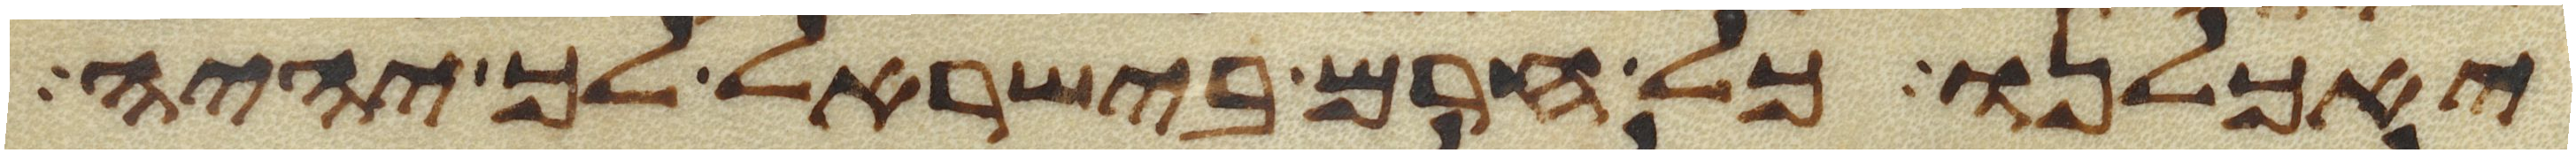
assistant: יאכלנו כל חרם בישראל לך יהיה